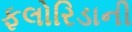
ફલોરિડાની